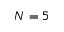
N = 5